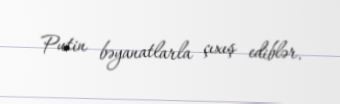
Putin bəyanatlarla çıxış ediblər.